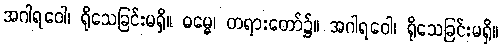
အဂါရဝေါ၊ ရိုသေခြင်းမရှိ။ ဓမ္မေ၊ တရားတော်၌။ အဂါရဝေါ၊ ရိုသေခြင်းမရှိ။